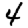
Digit: 4